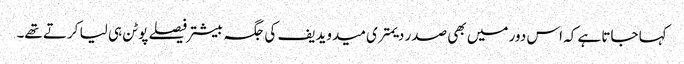
کہا جاتا ہے کہ اس دور میں بھی صدر دیمتری میدویدیف کی جگہ بیشتر فیصلے پوٹن ہی لیا کرتے تھے۔